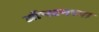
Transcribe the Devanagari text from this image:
जॉन्स्टनच्या